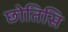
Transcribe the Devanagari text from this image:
छोतिसि